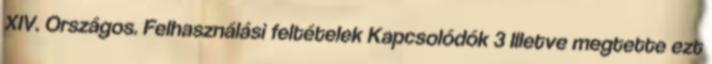
XIV. Országos. Felhasználási feltételek Kapcsolódók 3 Illetve megtette ezt